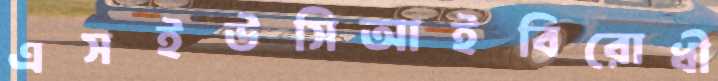
এসইউসিআইবিরোধী